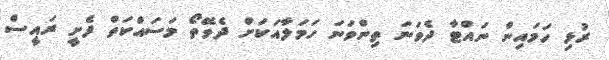
ރުޅި ހަމައިން ނައްޓާ ދެވަނަ ތިންވަނަ ހަމަލާއަކަށް ދެވޭތޯ މަސައްކަތް ފެށީ ރައީސް